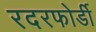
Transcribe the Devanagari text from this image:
रदरफोर्डी